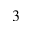
\boldsymbol { ^ 3 }